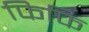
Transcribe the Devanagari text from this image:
फिफि